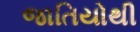
જાતિયોથી